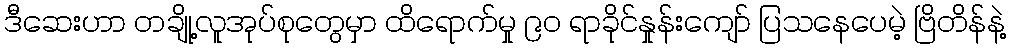
ဒီဆေးဟာ တချို့လူအုပ်စုတွေမှာ ထိရောက်မှု ၉၀ ရာခိုင်နှုန်းကျော် ပြသနေပေမဲ့ ဗြိတိန်နဲ့